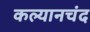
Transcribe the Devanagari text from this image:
कल्यानचंद